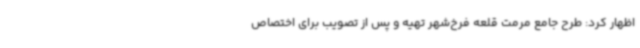
اظهار کرد: طرح جامع مرمت قلعه فرخ‌شهر تهیه و پس از تصویب برای اختصاص